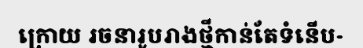
ក្រោយ រចនារូបរាងថ្មីកាន់តែទំនើប-